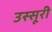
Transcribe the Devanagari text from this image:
उस्सूरी